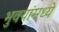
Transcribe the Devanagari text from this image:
भुवयांमध्ये